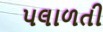
પલાળતી